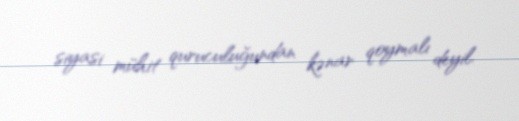
siyasi mühit quruculuğundan kənar qoymalı deyil.